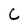
Character: c